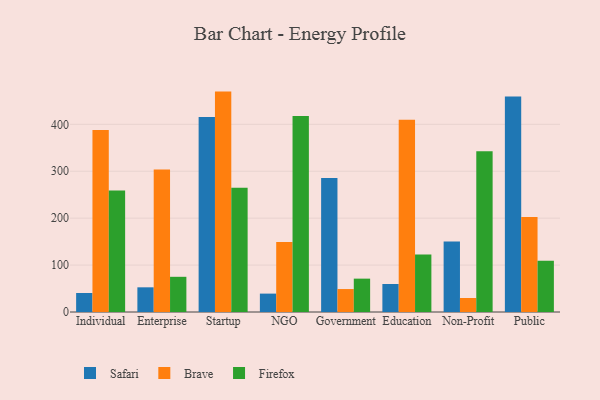
{"axis": {"x": "Segment", "y": "Page Views"}, "legend": ["Brave", "Firefox", "Safari"], "data": [{"x": "Individual", "y": 40.5, "type": "Safari"}, {"x": "Individual", "y": 387.7, "type": "Brave"}, {"x": "Individual", "y": 258.7, "type": "Firefox"}, {"x": "Enterprise", "y": 52.6, "type": "Safari"}, {"x": "Enterprise", "y": 303.6, "type": "Brave"}, {"x": "Enterprise", "y": 75.0, "type": "Firefox"}, {"x": "Startup", "y": 415.7, "type": "Safari"}, {"x": "Startup", "y": 469.7, "type": "Brave"}, {"x": "Startup", "y": 264.9, "type": "Firefox"}, {"x": "NGO", "y": 39.2, "type": "Safari"}, {"x": "NGO", "y": 149.3, "type": "Brave"}, {"x": "NGO", "y": 417.5, "type": "Firefox"}, {"x": "Government", "y": 285.8, "type": "Safari"}, {"x": "Government", "y": 48.9, "type": "Brave"}, {"x": "Government", "y": 71.1, "type": "Firefox"}, {"x": "Education", "y": 59.7, "type": "Safari"}, {"x": "Education", "y": 409.8, "type": "Brave"}, {"x": "Education", "y": 122.3, "type": "Firefox"}, {"x": "Non-Profit", "y": 150.0, "type": "Safari"}, {"x": "Non-Profit", "y": 29.9, "type": "Brave"}, {"x": "Non-Profit", "y": 342.8, "type": "Firefox"}, {"x": "Public", "y": 459.3, "type": "Safari"}, {"x": "Public", "y": 202.7, "type": "Brave"}, {"x": "Public", "y": 109.2, "type": "Firefox"}]}